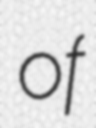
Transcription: of